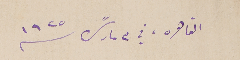
القاهره في ٣ مارسً سنة ١٩٢٥